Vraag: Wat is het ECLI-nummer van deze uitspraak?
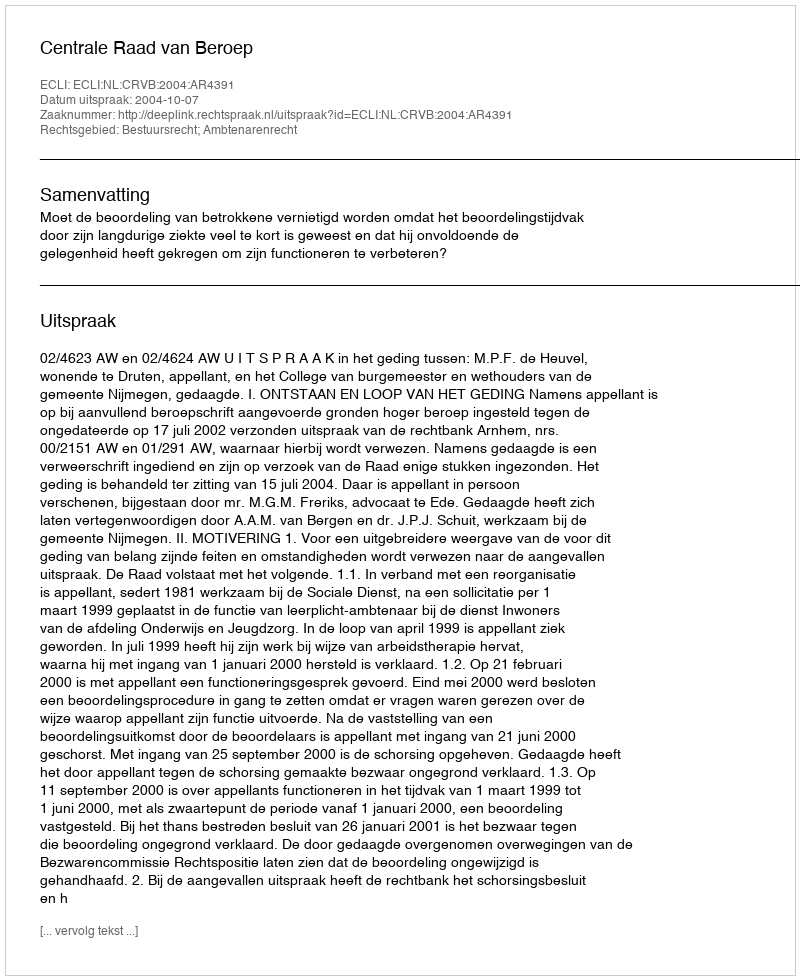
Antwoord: ECLI:NL:CRVB:2004:AR4391